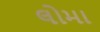
લોમા